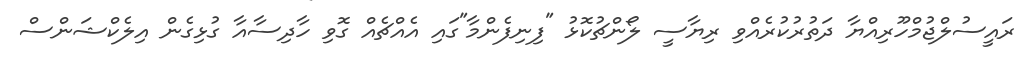
ރައީސުލްޖުމްހޫރިއްޔާ ދަތުރުކުރެއްވި ރިޔާސީ ލޯންޗުކޮޅު "ފިނިފެންމާ"ގައި އެއްޗެއް ގޮވި ހާދިސާއާ ގުޅިގެން އިލެކްޝަންސް